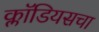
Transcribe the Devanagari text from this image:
क्लॉडियसचा